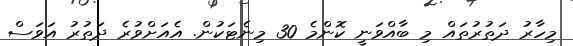
މިހާރު ދަތުރުތައް މި ބާއްވަނީ ކޮންމެ 30 މިނެޓަކުން. އެއަށްވުރެ ދަތުރު އަވަސް